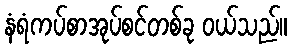
နံရံကပ်စာအုပ်စင်တစ်ခု ဝယ်သည်။